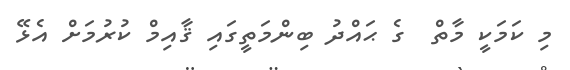
މި ކަމަކީ މާތް  ގެ ޙައްދު ބިންމަތީގައި ޤާއިމް ކުރުމަށް އެޅޭ